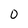
Character: 0